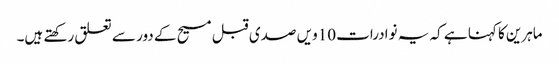
ماہرین کا کہنا ہے کہ یہ نوادرات 10ویں صدی قبل مسیح کے دور سے تعلق رکھتے ہیں۔